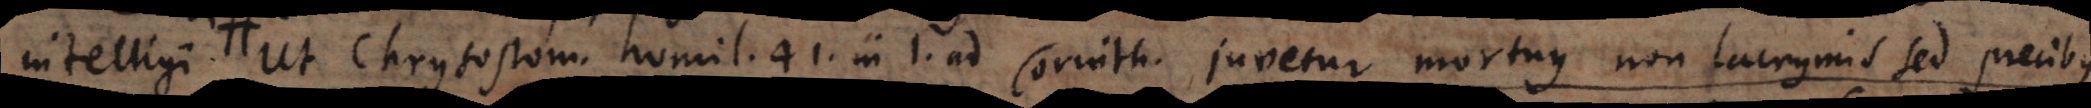
dolore. Ut Chrysostom. homil. 41. in I. ad Corinth. juvetur mortuus non lacrymis sed precibus,